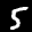
Label: 5